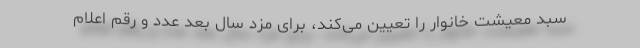
سبد معیشت خانوار را تعیین می‌کند، برای مزد سال بعد عدد و رقم اعلام